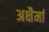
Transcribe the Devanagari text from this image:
अक्षैर्मा